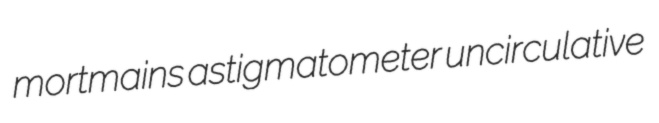
mortmains astigmatometer uncirculative